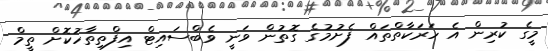
މީގެ ކުރިން އެ ހަރަކާތްތައް ފެށުމުގެ ގޮތުން ވަނީ ވެބްސައިޓް އިފްތިތާހުކޮށް ތީމް